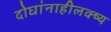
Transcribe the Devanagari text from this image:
दोघांनाहीलक्ष्य